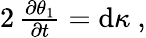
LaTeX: \begin{array}{r}{2\, \frac{\partial\theta_{1}}{\partial t}=\mathrm{d}\kappa\ ,}\end{array}